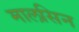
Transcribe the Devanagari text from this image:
मालसिन